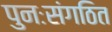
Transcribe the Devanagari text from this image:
पुनःसंगठित